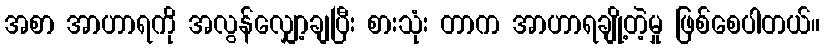
အစာ အာဟာရကို အလွန်လျှော့ချပြီး စားသုံး တာက အာဟာရချို့တဲ့မှု ဖြစ်စေပါတယ်။